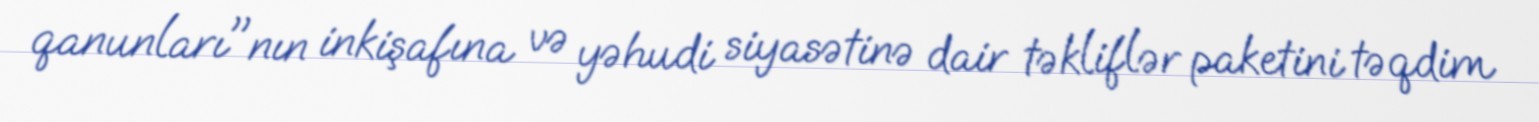
qanunları"nın inkişafına və yəhudi siyasətinə dair təkliflər paketini təqdim